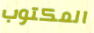
المكتوب